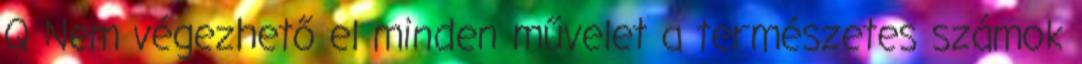
Q Nem végezhető el minden művelet a természetes számok